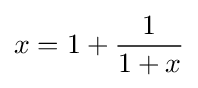
x=1+{\frac {1}{1+x}}